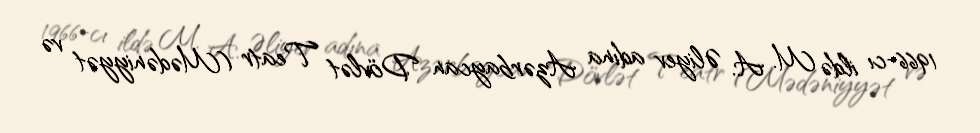
1966-cı ildə M. A. Əliyev adına Azərbaycan Dövlət Teatr (Mədəniyyət və